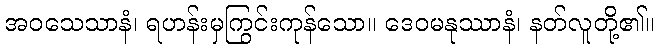
အဝသေသာနံ၊ ရဟန်းမှကြွင်းကုန်သော။ ဒေဝမနုဿာနံ၊ နတ်လူတို့၏။